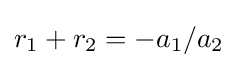
r_{1}+r_{2}=-a_{1}/a_{2}